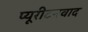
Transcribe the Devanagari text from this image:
प्यूरीटनवाद